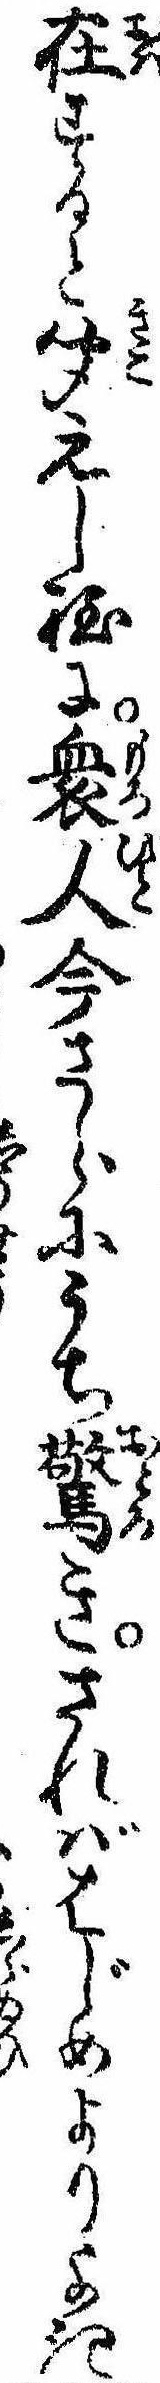
在すると聞えし程に衆人今さらにうち驚きさればはじめよりよき